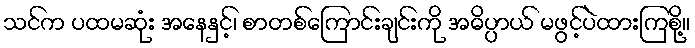
သင်က ပထမဆုံး အနေနှင့်၊ စာတစ်ကြောင်းချင်းကို အဓိပ္ပာယ် မဖွင့်ပဲထားကြစို့။